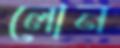
লোন